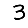
Digit: 3